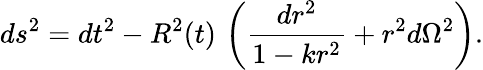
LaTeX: ds^{2}=dt^{2}-R^{2}(t)\, \left(\frac{dr^{2}}{1-kr^{2}}+r^{2}d\Omega^{2}\right).